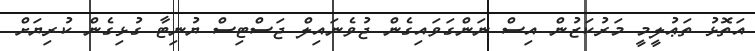
އަތޮޅު ތަޢުލީމީ މަރުކަޒުން އިސް ނަންގަވައިގެން ޖުވެނައިލް ޖަސްޓިސް ޔުނިޓާ ގުޅިގެން ކުރިޔަށް